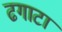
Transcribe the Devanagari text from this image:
ढगाटा